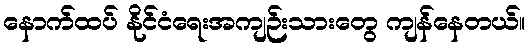
နောက်ထပ် နိုင်ငံရေးအကျဉ်းသားတွေ ကျန်နေတယ်။